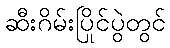
ဆီးဂိမ်းပြိုင်ပွဲတွင်